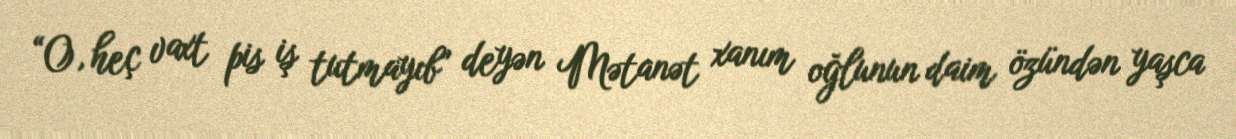
“O, heç vaxt pis iş tutmayıb” deyən Mətanət xanım oğlunun daim özündən yaşca